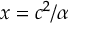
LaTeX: x = c ^ { 2 } / \alpha